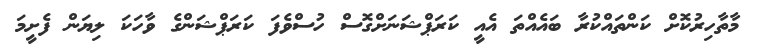
މާތާހިރުކޮށް ކަންތައްކުރާ ބައެއްތަ އެއީ ކަރަޕްޝަނަށްގޮސް ހުސްވެފަ ކަރަޕްޝަންގެ ވާހަކަ ލިޔަން ފެށީމަ